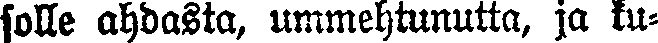
solle ahdasta, ummehtunutta, ja ku-